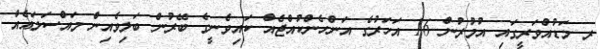
ރ މަޑުއްވަރީގައި އުމުރުން 16 އަހަރުގެ އަންހެންކުއްޖެއް ކައިވެނީގެ ބޭރުން ބަލިވެއިން މައްސަލައެއް